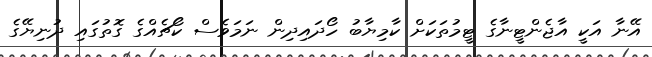
އޭނާ އަކީ އާޖެންޓީނާގެ ޓީމުތަކަށް ކާމިޔާބު ހޯދައިދިން ނަމަވެސް ކޯޗެއްގެ ގޮތުގައި ދުނިޔޭގެ